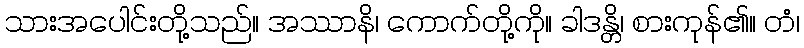
သားအပေါင်းတို့သည်။ အဿာနိ၊ ကောက်တို့ကို။ ခါဒန္တိ၊ စားကုန်၏။ တံ၊